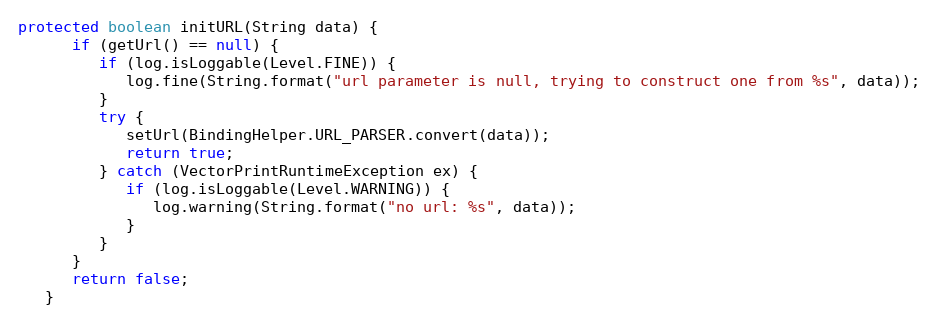
Language: Java
protected boolean initURL(String data) {
      if (getUrl() == null) {
         if (log.isLoggable(Level.FINE)) {
            log.fine(String.format("url parameter is null, trying to construct one from %s", data));
         }
         try {
            setUrl(BindingHelper.URL_PARSER.convert(data));
            return true;
         } catch (VectorPrintRuntimeException ex) {
            if (log.isLoggable(Level.WARNING)) {
               log.warning(String.format("no url: %s", data));
            }
         }
      }
      return false;
   }